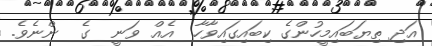
އަދި ތިޔަބައިމީހުންގެ ކިބައިގައިވާހާ  އެއް ވަނީ  ގެ  ންނެވެ.